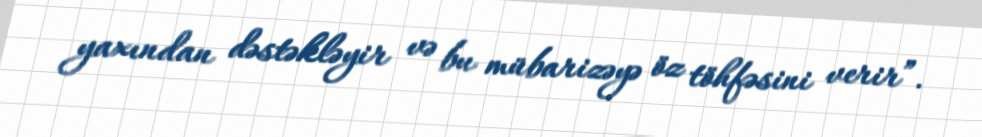
yaxından dəstəkləyir və bu mübarizəyə öz töhfəsini verir”.